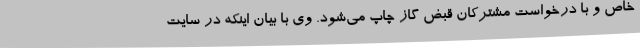
خاص و با درخواست مشترکان قبض گاز چاپ می‌شود. وی با بیان اینکه در سایت